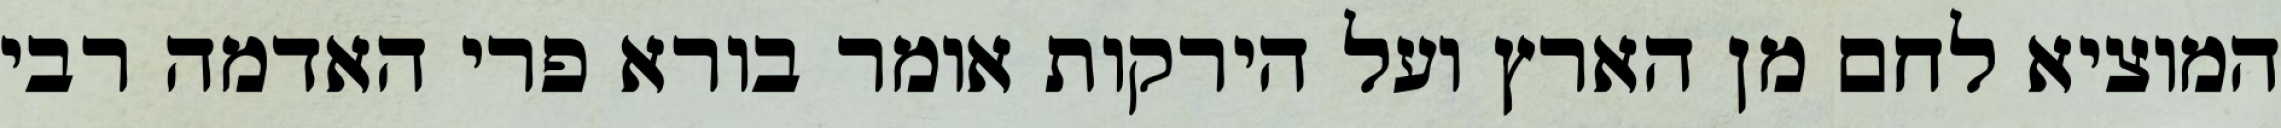
המוציא לחם מן הארץ ועל הירקות אומר בורא פרי האדמה רבי